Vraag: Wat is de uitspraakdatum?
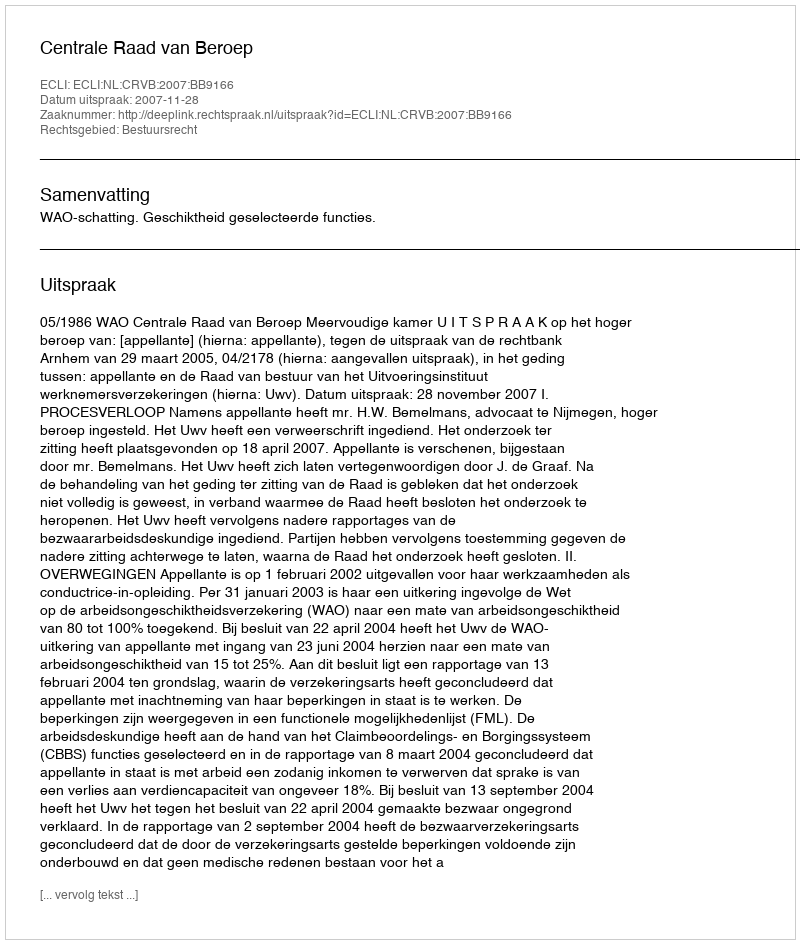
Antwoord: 2007-11-28